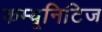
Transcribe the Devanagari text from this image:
कम्यूनिटिज